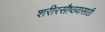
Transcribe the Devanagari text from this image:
शरीरसौष्ठवासाठी